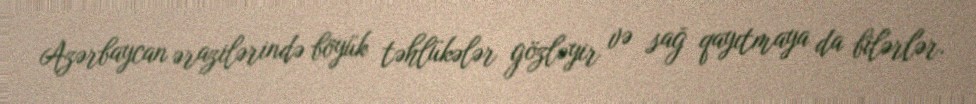
Azərbaycan ərazilərində böyük təhlükələr gözləyir və sağ qayıtmaya da bilərlər.